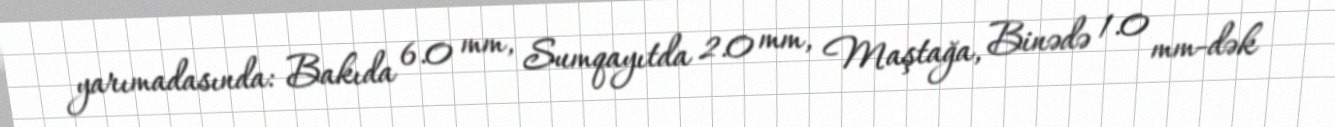
yarımadasında: Bakıda 6.0 mm, Sumqayıtda 2.0 mm, Maştağa, Binədə 1.0 mm-dək